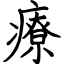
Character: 療